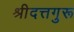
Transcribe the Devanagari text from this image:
श्रीदत्तगुरू